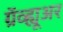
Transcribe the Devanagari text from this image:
ग्रॅव्ह्यूअर